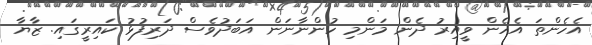
އެހެންތަ އެހެން ވީއިރު ދެން މަންމި ހުންނާނަން އަބަދުވެސް ދަރިފުޅު ކައިރީގައި. ޒާޔާ